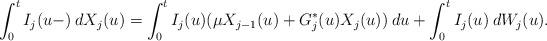
LaTeX: \begin{align*}\int_0^t I_j(u-) \: dX_j(u) = \int_0^t I_j(u)(\mu X_{j-1}(u) + G_j^*(u) X_j(u)) \: du + \int_0^t I_j(u) \: dW_j(u).\end{align*}